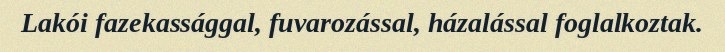
Lakói fazekassággal, fuvarozással, házalással foglalkoztak.